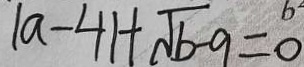
\vert a - 4 \vert + \sqrt { b - 9 } = 0